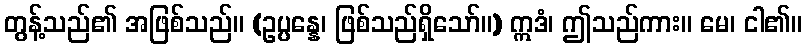
တွန့်သည်၏ အဖြစ်သည်။ (ဥပ္ပန္နေ၊ ဖြစ်သည်ရှိသော်။) ဣဒံ၊ ဤသည်ကား။ မေ၊ ငါ၏။